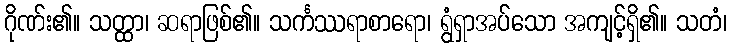
ဂိုဏ်း၏။ သတ္ထာ၊ ဆရာဖြစ်၏။ သင်္ကဿရာစာရော၊ ရွံရှာအပ်သော အကျင့်ရှိ၏။ သတံ၊